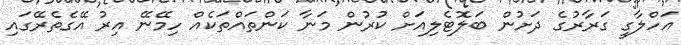
އަހްލާގީ ގަރާރުގެ ދަށުން ބަލޮޓެލިއަށް ކުރުން މަނާ ކަންތައްތަކެއް ހިމޭނޭ އިރު އޭގެތެރޭގައި